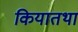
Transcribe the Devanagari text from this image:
कियातथा